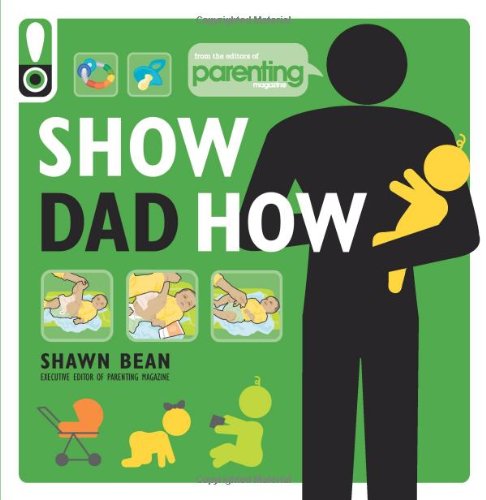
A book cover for Show Dad How (Parenting Magazine): The Brand-New Dad's Guide to Baby's First Year; Shawn Bean; Humor & Entertainment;